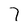
Character: 7